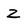
Character: Z